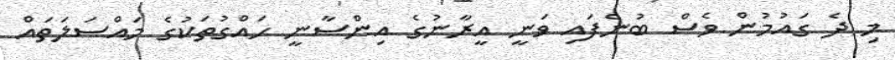
މި ދެ ގައުމުން ވެސް ބުނެފައި ވަނީ އީރާނުގެ އިންސާނީ ހައްގުތަކުގެ މައްސަލަތައް